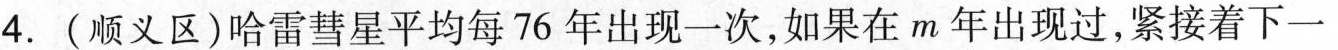
4.(顺义区)哈雷彗星平均每76年出现一次，如果在m年出现过，紧接着下一